King Institute of Preventive Medicine Micro-Biological Section reports 1912-19
Year: 1912
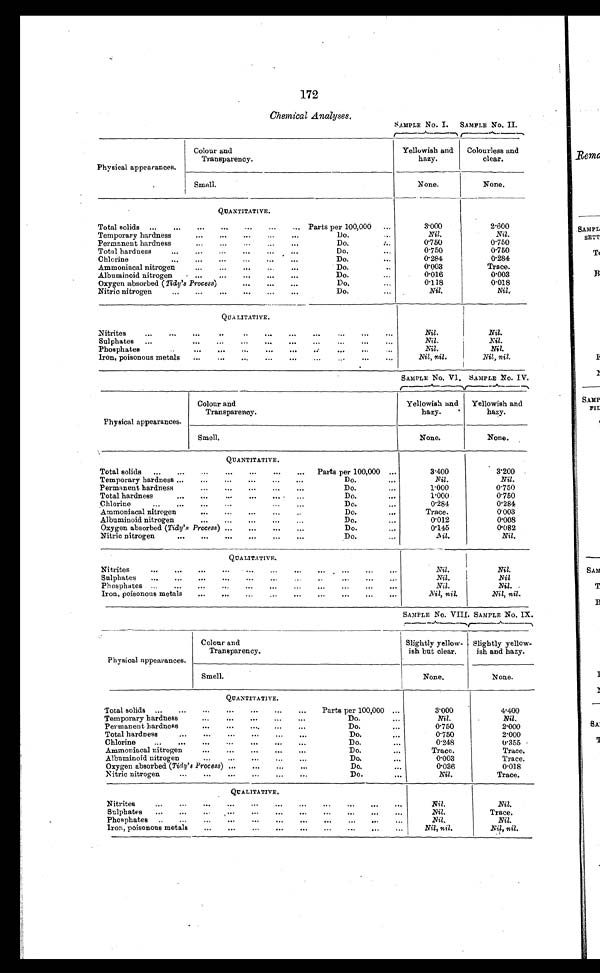
172
Chemical Analyses.
SAMPLE No. I.
SAMPLE No. II.
Physical appearances.
Colour and
Transparency.
Yellowish and
hazy.
Colourless and
clear.
Smell.
None.
None.
QUANTITATIVE.
Total solids
...
...
...
...
...
... Parts per 100,000
...
3.000
2.600
Temporary hardness
...
...
...
...
Do.
...
Nil.
Nil.
Permanent hardness
...
...
Do.
".
0.750
0.750
Total hardness
...
...
...
...
. . .
Do.
...
0.750
0.750
...
Chlorine
...
...
...
...
...
Do.
...
0.284
0.284
Ammoniacal nitrogen
...
...
...
Do.
..
0 . 0 0 3
Trace.
Albuminoid nitrogen
, ...
...
...
...
...
Do.
...
0.016
0.003
Oxygen absorbed ( Tidy's Process)
..0
...
...
Do.
0.118
0.018
Nitric nitrogen...
...
...
...
Do.
...
Nil.
Nil.
QUALITATIVE.
..
...
Nitrites
...
...
...
..
...
...
...
...
...
Nil.
Nil.
...
Sulphates
...
...
...
...
...
...
...
...
...
Nil.
Nil .
..
Phosphates...
...
...
...
P.
6y.
..
Nil .
Nil.
Iron, poisonous metals
...
...
...
...
.........
...
Nil, nil.
Nil , nil.
SAMPLE No. VI. SAMPLE No. IV.
Physical appearances.
Colour and
Transparency.
Yellowish and
hazy.
Yellowish and
hazy.
Smell.
None.
None.
QUANTITATIVE.
Total solids
...
...
...
...
...
...
...
Parts per 100,000 ...
3.400
3.200
Temporary hardness ...
...
...
...
Do.
...
Nil .
Nil.
Permanent hardness
...
...
...
...
...
Do.
...
1.000
0.750
Total hardness
...
...
...
...
...
Do.
...
1.000
0.750
Chlorine
...
...
...
...
Do.
...
0.284
0.284
Ammoniacal nitrogen
...
...
...
Do.
...
Trace.
0.003
Albuminoid nitrogen
...
...
...
...
...
Do.
...
0.012
0.008
Oxygen absorbed ( Tidy's Process) ...
...
...
...
Do.
...
0.145
0.082
Nitric nitrogen
...
...
...
...
...
...
Do.
...
Nil.
Nil.
QUALITATIVE.
Nitrites
...
...
...
...
...
...
.
...
...
...
Nil.
Nil.
Sulphates
...
...
...
...
...
...
...
...
...
Nil.
Nil
Ph os p hates ...
...
...
...
...
P..
...
...
...
...
Nil.
Nil.
Iron, poisonous metals
...
...
...
...
...
...
....
Nil, nil.
Nil, nil .
SAMPLE No. VIII. SAMPLE No. IX.
Physical appearances.
Colour and
Transparency.
Slightly yellow-
ish but clear.
Slightly yellow-
ish and hazy.
Smell.
None.
None.
QUANTITATIVE.
Total solids
...
...
...
...
...
...
Parts per 100,000 ...
3.000
4.400
Temporary hardness...
...
...
Do.
..,
Nil.
Nil.
Permanent hardness
...
...
....
...
...
Do.
...
0.750
2.000
Total hardness
...
...
...
...
Do.
...
0.750
2.000
...
Chlorine
.
...
...
...
...
...
Do.
...
0.248
0.355
Ammoniacal nitrogen
...
...
...
...
Do.
...
Trace.
Trace.
Albuminoid nitrogen
•..
...
...
Do.
...
0.003
Trace.
Oxygen absorbed (Tidy's Process) ...
...
...
...
Do. ...
0.036
0.018
Nitric nitrogen...
...
...
...
Do.
...
Nil.
Trace.
QUALITATIVE.
...
..
...
...
Nitrites
...
...
...
...
...
...
...
Nil.
Nil.
...
Sulphates
...
...
..•
...
...
...
...
...
. Nil .
Trace.
Phosphates ..
...
...
...
...
...
...
..
...
Nil.
Nil.
Iron, poisonous metals
4..
...
...
...
Nil, nil.
Nil, nil.